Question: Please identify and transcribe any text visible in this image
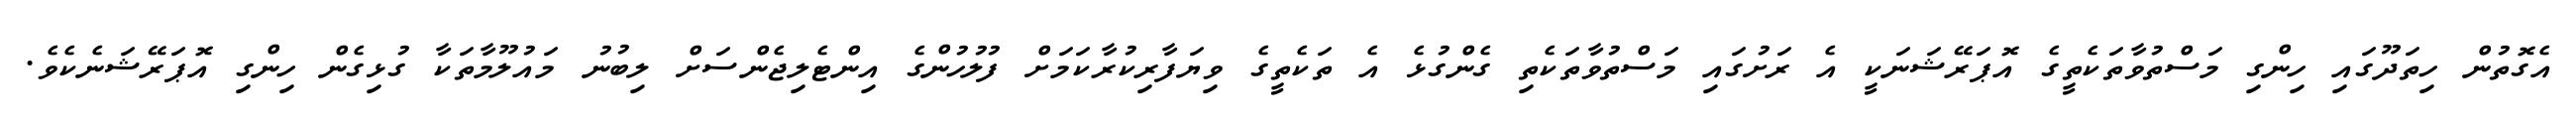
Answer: އެގޮތުން ހިތަދޫގައި ހިންގި މަސްތުވާތަކެތީގެ އޮޕަރޭޝަނަކީ އެ ރަށުގައި މަސްތުވާތަކެތި ގެންގުޅެ އެ ތަކެތީގެ ވިޔަފާރިކުރާކަމަށް ފުލުހުންގެ އިންޓެލިޖެންސަށް ލިބުނު މައުލޫމާތަކާ ގުޅިގެން ހިންގި އޮޕަރޭޝަނެކެވެ.